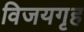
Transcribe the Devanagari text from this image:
विजयगृह